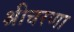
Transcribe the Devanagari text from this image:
श्रीचरणा